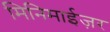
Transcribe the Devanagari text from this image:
मिनिमाईज़र